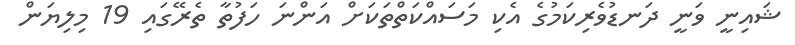
ޝައިނީ ވަނީ ދަނޑުވެރިކަމުގެ އެކި މަސައްކަތްތަކަށް އަންނަ ހަފުތާ ތެރޭގައި 19 މިލިޔަން